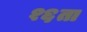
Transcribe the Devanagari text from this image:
१६ता